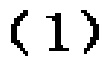
-1